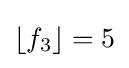
\left\lfloor f_{3}\right\rfloor =5